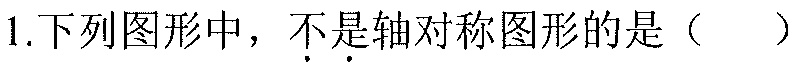
1.下列图形中，\(不\)是轴对称图形的是（  ）